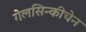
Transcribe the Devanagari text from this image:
गेलसिन्कीचेन